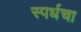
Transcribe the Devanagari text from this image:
स्पर्धचा